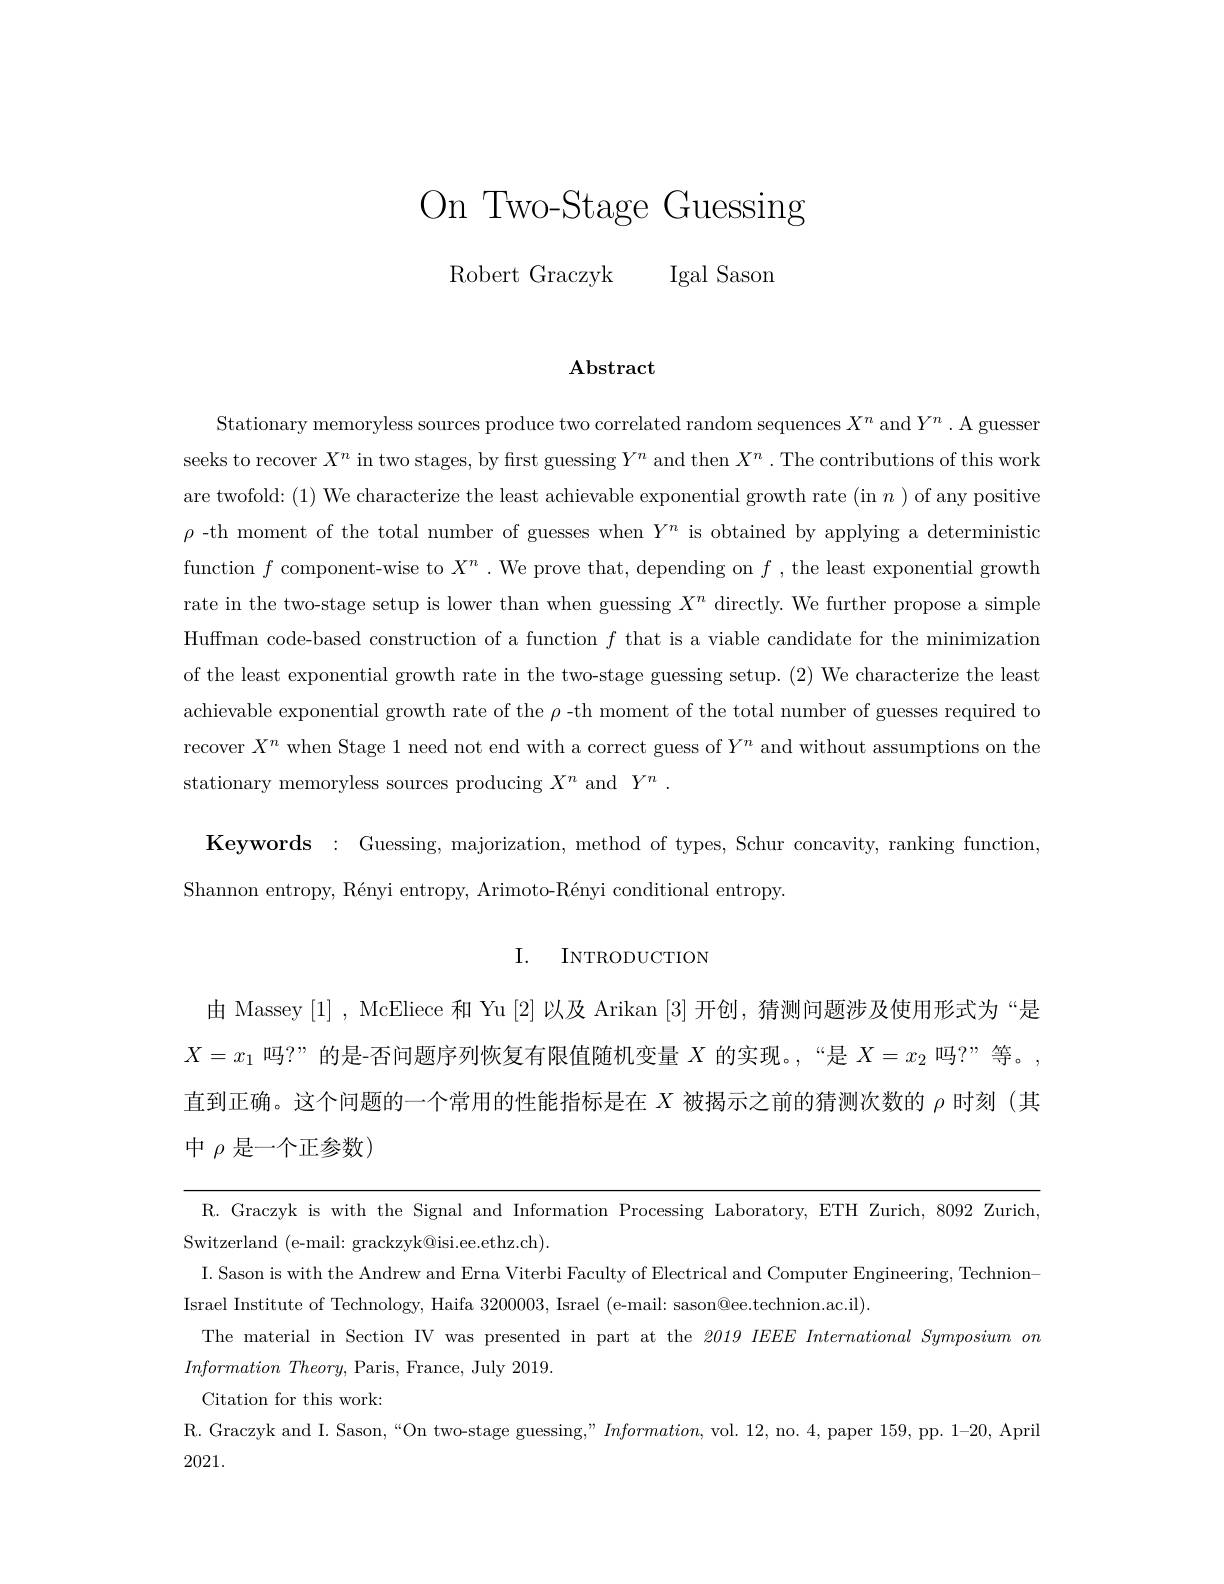
On Two-Stage Guessing

Robert Graczyk Igal Sason

Abstract

Stationary memoryless sources produce two correlated random sequences $X^n$ and $Y^n.$ A guesser seeks to recover $X^n$ in two stages, by first guessing $Y^n$ and then $X^n$ . The contributions of this work are twofold: (1) We characterize the least achievable exponential growth rate (in n ) of any positive $\rho$ -th moment of the total number of guesses when $Y^n$ is obtained by applying a deterministic function $f$ component-wise to $X^n.$ We prove that, depending on $f$, the least exponential growth rate in the two-stage setup is lower than when guessing $X^n$ directly. We further propose a simple Huffman code-based construction of a function $f$ that is a viable candidate for the minimization of the least exponential growth rate in the two-stage guessing setup. (2) We characterize the least achievable exponential growth rate of the $\rho$ -th moment of the total number of guesses required to recover $X^n$ when Stage 1 need not end with a correct guess of $Y^n$ and without assumptions on the stationary memoryless sources producing $X^n$ and $Y^n.$
$\mathbf{Keywords}:$Guessing, majorization, method of types, Schur concavity, ranking function,
Shannon entropy, Rényi entropy, Arimoto-Rényi conditional entropy.

I. INTRODUCTION

由 Massey [1], McEliece 和 Yu [2]以及 Arikan [3]开创，猜测问题涉及使用形式为“是$X=x_1$吗？”的是-否问题序列恢复有限值随机变量$X$的实现。,“是$X=x_2$吗？”等。, 直到正确。这个问题的一个常用的性能指标是在$X$被揭示之前的猜测次数的$\rho$时刻 (其中 $\rho$ 是一个正参数)

R.Graczyk is with the Signal and Information Processing Laboratory, ETH Zurich, 8092 Zurich,
Switzerland (e-mail: grackzyk@isi.ee.ethz.ch).
I. Sason is with the Andrew and Erna Viterbi Faculty of Electrical and Computer Engineering, Technion-
Israel Institute of Technology, Haifa 3200003, Israel (e-mail: sason@ee.technion.ac.il).
The material in Section IV was presented in part at the 2019 IEEE International Symposium on
$Information Theory,  $Paris,  France,  July 2019.

Citation for this work:

R. Graczyk and I. Sason, “On two-stage guessing,” $Information$, vol. 12, no. 4, paper 159, pp. 1-20, April

2021.